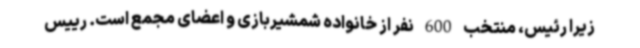
زیرا رئیس، منتخب 600 نفر از خانواده شمشیربازی و اعضای مجمع است. رییس